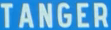
TANGER